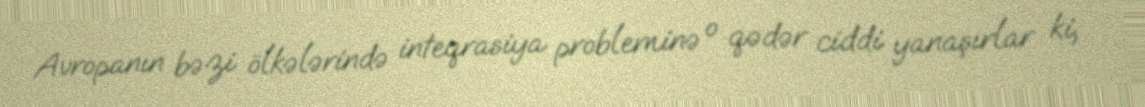
Avropanın bəzi ölkələrində inteqrasiya probleminə o qədər ciddi yanaşırlar ki,